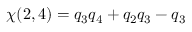
\chi ( 2 , 4 ) = q _ { 3 } q _ { 4 } + q _ { 2 } q _ { 3 } - q _ { 3 }